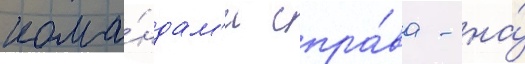
кома́ндам'и спра́ва - на́